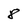
Character: 8